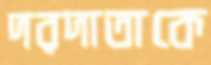
দরদাতাকে